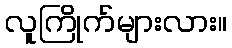
လူကြိုက်များလား။